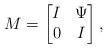
LaTeX: \begin{align*}M = \begin{bmatrix} I & \Psi\\ 0 & I\end{bmatrix},\end{align*}